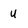
Character: u